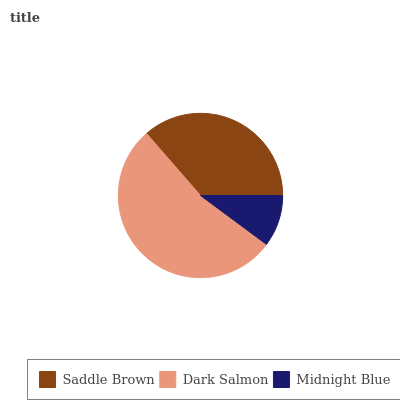
| Saddle Brown | Dark Salmon | Midnight Blue |
 | --- | --- | --- |
 | 36.4% | 53.4% | 10.1% |